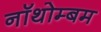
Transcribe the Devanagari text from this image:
नॉथोम्बम